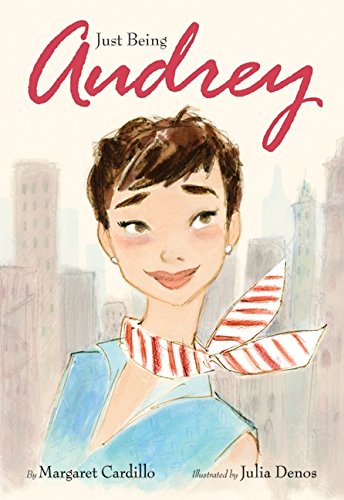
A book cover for Just Being Audrey; Margaret Cardillo; Children's Books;